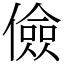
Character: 儉